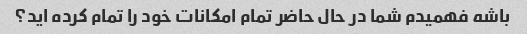
باشه فهمیدم شما در حال حاضر تمام امکانات خود را تمام کرده اید؟